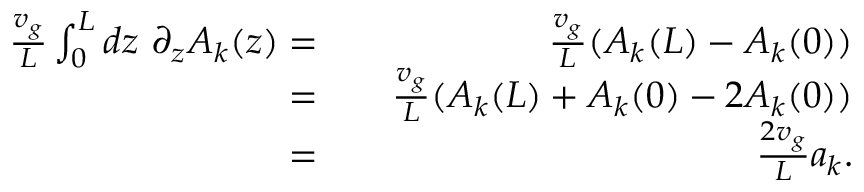
\begin{array} { r l r } { \frac { v _ { g } } { L } \int _ { 0 } ^ { L } d z \ \partial _ { z } A _ { k } ( z ) = } & { { } } & { \frac { v _ { g } } { L } ( A _ { k } ( L ) - A _ { k } ( 0 ) ) } \\ { = } & { { } } & { \frac { v _ { g } } { L } ( A _ { k } ( L ) + A _ { k } ( 0 ) - 2 A _ { k } ( 0 ) ) } \\ { = } & { { } } & { \frac { 2 v _ { g } } { L } a _ { k } . } \end{array}